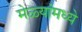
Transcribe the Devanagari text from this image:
मेळ्यांमध्ये